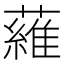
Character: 𬞼